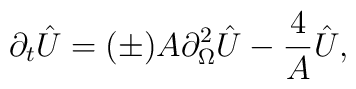
\partial_{t} \hat{U} = ( \pm ) A \partial_{\Omega}^{2} \hat{U} -{4 \over A} \hat{U},